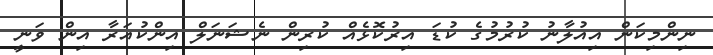
ނިންމިކަން އިއުލާނު ކުރުމުގެ ކުޑަ އިރުކޮޅެއް ކުރިން ނެޝަނަލް އިންކުއަރާ އިން ވަނީ